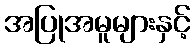
အပြုအမူများနှင့်